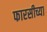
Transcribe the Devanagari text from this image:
फारसीच्या